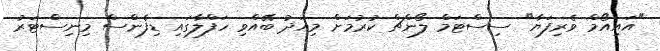
"އައިއޯމް ވެރިފަޔާ" ސިސްޓަމް ލޯންޗް ކުރުމަށް މިއަދު ބޭއްވި ހަފްލާގައި ޑިފެންސް މިނިސްޓަރު